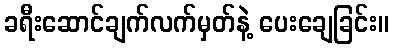
ခရီးဆောင်ချက်လက်မှတ်နဲ့ ပေးချေခြင်း။